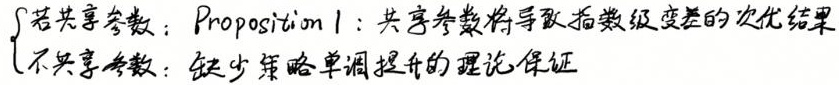
若共享参数：Proposition 1：共享参数将导致指数级变差的次优结果
不共享参数：缺少策略单调提升的理论保证